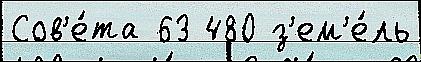
Сов'е́та 63 480 з'ем'е́ль